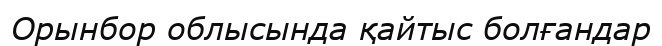
Орынбор облысында қайтыс болғандар